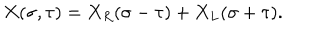
X ( \sigma , \tau ) = X _ { R } ( \sigma - \tau ) + X _ { L } ( \sigma + \tau ) .